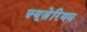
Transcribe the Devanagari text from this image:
फ़्यूज़ेरियम